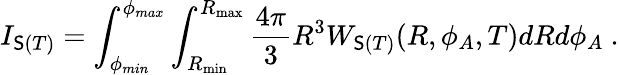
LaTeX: I_{\mathsf{S}(T)}=\int_{\phi_{min}}^{\phi_{max}}\int_{R_{\mathrm{{min}}}}^{R_{\mathrm{{max}}}}\frac{{4\pi}}{{3}}R^{3}W_{\mathsf{S}(T)}(R,\phi_{A},T)dRd\phi_{A}~.